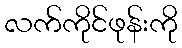
လက်ကိုင်ဖုန်းကို